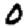
Digit: 0